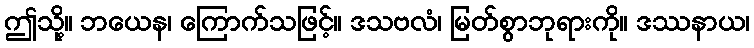
ဤသို့။ ဘယေန၊ ကြောက်သဖြင့်။ ဒသဗလံ၊ မြတ်စွာဘုရားကို။ ဒဿနာယ၊